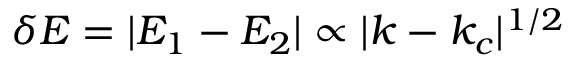
\delta E = | E _ { 1 } - E _ { 2 } | \propto | k - k _ { c } | ^ { 1 / 2 }